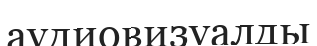
аудиовизуалды